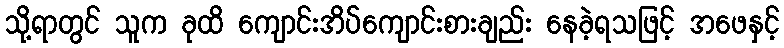
သို့ရာတွင် သူက ခုထိ ကျောင်းအိပ်ကျောင်းစားချည်း နေခဲ့ရသဖြင့် အဖေနှင့်